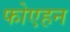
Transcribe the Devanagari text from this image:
फोएहन